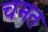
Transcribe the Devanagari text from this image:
चमत